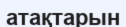
атақтарын